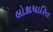
લોકાધારિત